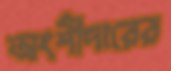
অংশীদারের